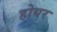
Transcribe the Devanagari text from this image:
होयर